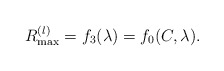
\begin{align*}R^{(l)}_{\max}=f_3(\lambda)=f_0(C,\lambda).\end{align*}